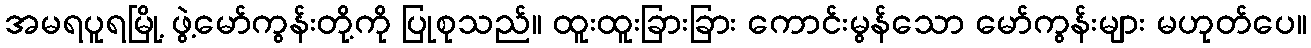
အမရပူရမြို့ ဖွဲ့မော်ကွန်းတို့ကို ပြုစုသည်။ ထူးထူးခြားခြား ကောင်းမွန်သော မော်ကွန်းများ မဟုတ်ပေ။